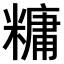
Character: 𫃍